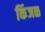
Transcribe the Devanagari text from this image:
किंजळ